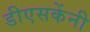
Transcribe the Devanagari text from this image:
डीएसकेंनी